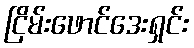
ငြိမ်းဖောင်ဒေးရှင်း